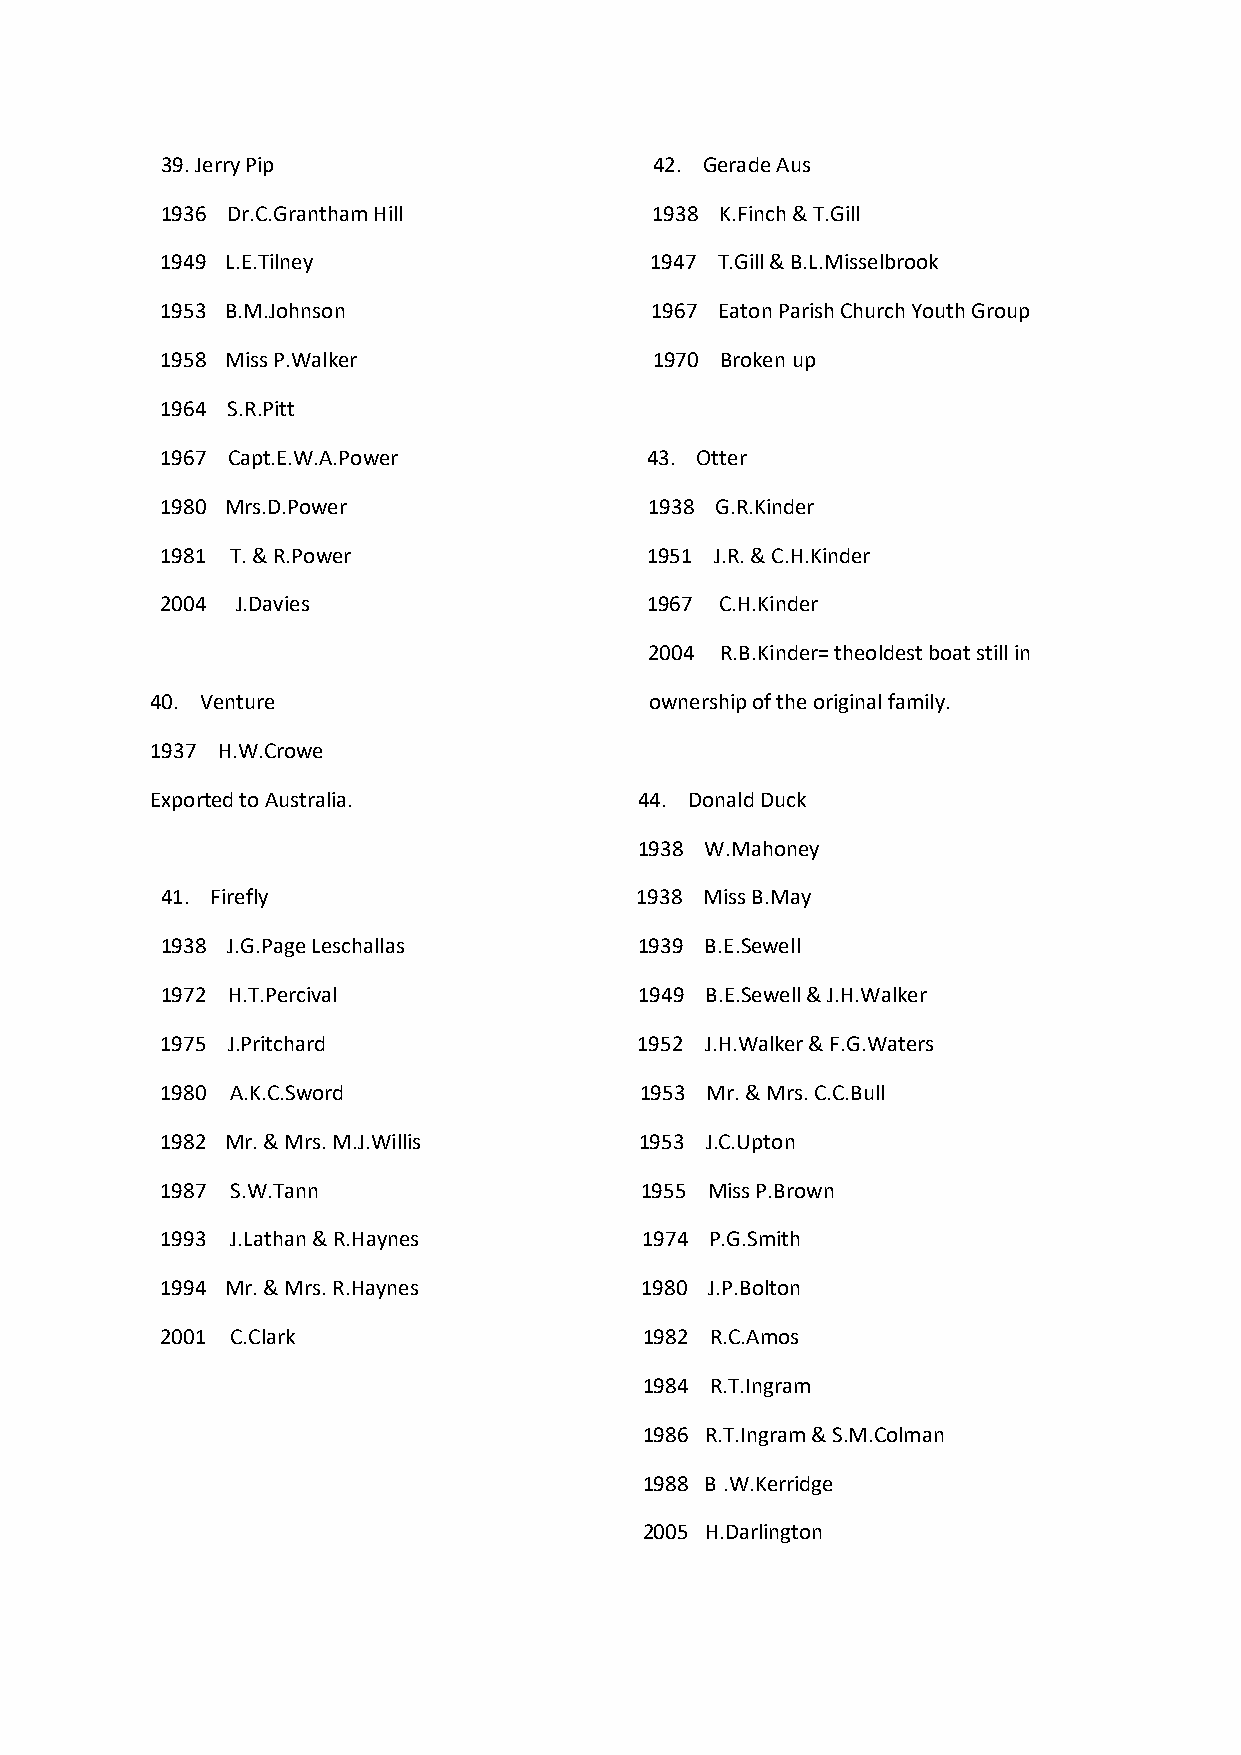
39. Jerry Pip                   42. Gerade Aus
 1936 Dr.C.Grantham Hill         1938 K.Finch & T.Gill
 1949 L.E.Tilney                 1947 T.Gill & B.L.Misselbrook
 1953 B.M.Johnson                1967 Eaton Parish Church Youth Group
 1958 Miss P.Walker              1970 Broken up
 1964 S.R.Pitt
 1967 Capt.E.W.A.Power           43. Otter
 1980 Mrs.D.Power                1938 G.R.Kinder
 1981 T. & R.Power               1951 J.R. & C.H.Kinder
 2004 J.Davies                   1967 C.H.Kinder
 2004 R.B.Kinder= theoldest boat still in
 40. Venture                      ownership of the original family.
 1937 H.W.Crowe
 Exported to Australia.          44. Donald Duck
 1938 W.Mahoney
 41. Firefly                    1938 Miss B.May
 1938 J.G.Page Leschallas       1939 B.E.Sewell
 1972 H.T.Percival              1949 B.E.Sewell & J.H.Walker
 1975 J.Pritchard               1952 J.H.Walker & F.G.Waters
 1980 A.K.C.Sword               1953 Mr. & Mrs. C.C.Bull
 1982 Mr. & Mrs. M.J.Willis     1953 J.C.Upton
 1987 S.W.Tann                  1955 Miss P.Brown
 1993 J.Lathan & R.Haynes        1974 P.G.Smith
 1994 Mr. & Mrs. R.Haynes       1980 J.P.Bolton
 2001 C.Clark                    1982 R.C.Amos
 1984 R.T.Ingram
 1986 R.T.Ingram & S.M.Colman
 1988 B .W.Kerridge
 2005 H.Darlington